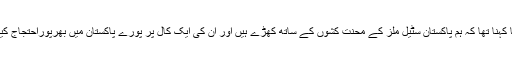
رہنماؤں کا کہنا تھا کہ ہم پاکستان سٹیل ملز کے محنت کشوں کے ساتھ کھڑے ہیں اور ان کی ایک کال پر پورے پاکستان میں بھرپوراحتجاج کیا جائے گا۔